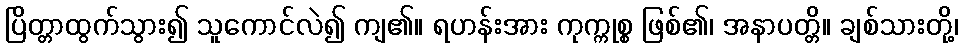
ပြိတ္တာထွက်သွား၍ သူကောင်လဲ၍ ကျ၏။ ရဟန်းအား ကုက္ကုစ္စ ဖြစ်၏၊ အနာပတ္တိ။ ချစ်သားတို့၊